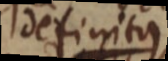
definitus